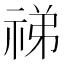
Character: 祶